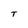
Character: T